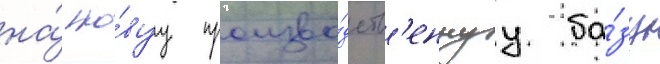
на́ но́вуу произво́дств'еннуу ба́зу